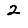
Digit: 2